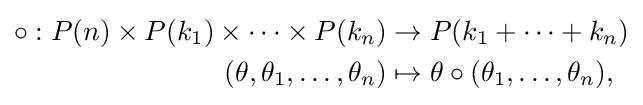
{\begin{aligned}\circ :P(n)\times P(k_{1})\times \cdots \times P(k_{n})&\to P(k_{1}+\cdots +k_{n})\\(\theta ,\theta _{1},\ldots ,\theta _{n})&\mapsto \theta \circ (\theta _{1},\ldots ,\theta _{n}),\end{aligned}}